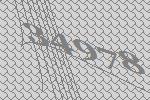
34978